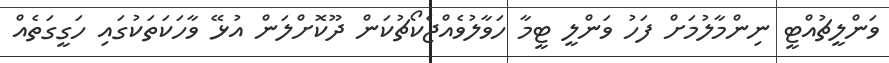
ވަންލީޗުއްޓީ ނިންމާލުމަށް ފަހު ވަންލީ ޓީމާ ހަވާލުވެއްޖެކޯޗުކަން ދޫކޮށްލަން އުޅޭ ވާހަކަތަކުގައި ހަގީގަތެއް